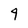
Character: 4